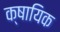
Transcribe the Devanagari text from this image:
क्षायिक